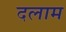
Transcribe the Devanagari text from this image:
दलाम